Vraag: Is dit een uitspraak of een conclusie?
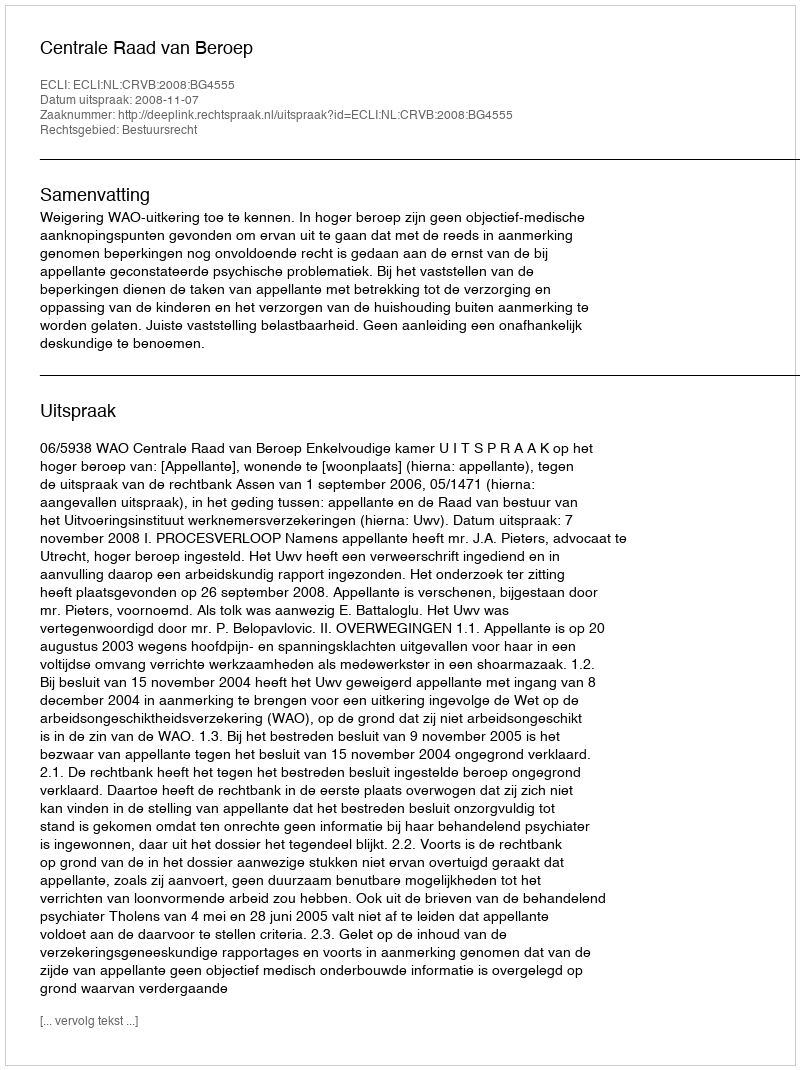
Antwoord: Uitspraak